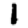
Digit: 1